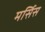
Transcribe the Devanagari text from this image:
मर्सिस